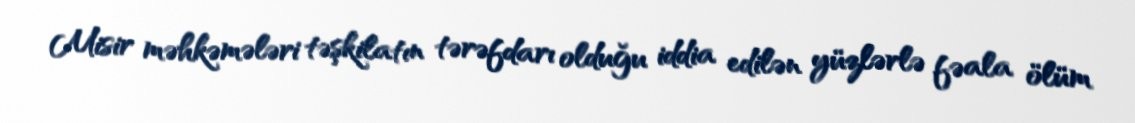
Misir məhkəmələri təşkilatın tərəfdarı olduğu iddia edilən yüzlərlə fəala ölüm